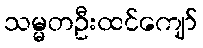
သမ္မတဦးထင်ကျော်